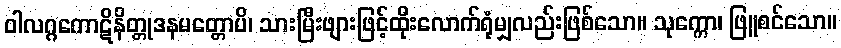
ဝါလဂ္ဂကောဋိနိတ္တုဒနမတ္တောပိ၊ သားမြီးဖျားဖြင့်ထိုးလောက်ရုံမျှလည်းဖြစ်သော။ သုက္ကော၊ ဖြူစင်သော။